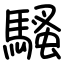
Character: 騷